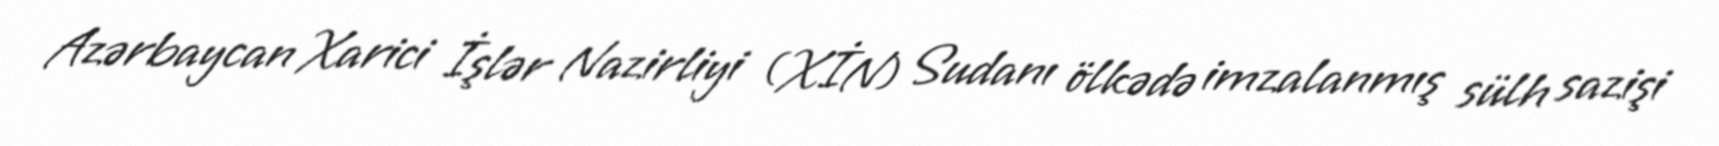
Azərbaycan Xarici İşlər Nazirliyi (XİN) Sudanı ölkədə imzalanmış sülh sazişi